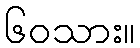
၆၀သား။